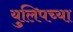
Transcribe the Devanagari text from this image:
युलिपच्या